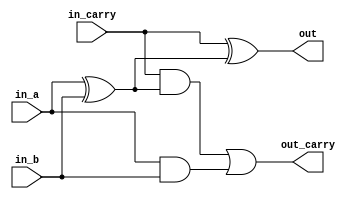
/*
 * Copyright (c) 2023-2024 C*Core Technology Co.,Ltd,Suzhou.
 * Ventus-RTL is licensed under Mulan PSL v2.
 * You can use this software according to the terms and conditions of the Mulan PSL v2.
 * You may obtain a copy of Mulan PSL v2 at:
 *          http://license.coscl.org.cn/MulanPSL2
 * THIS SOFTWARE IS PROVIDED ON AN "AS IS" BASIS, WITHOUT WARRANTIES OF ANY KIND,
 * EITHER EXPRESS OR IMPLIED, INCLUDING BUT NOT LIMITED TO NON-INFRINGEMENT,
 * MERCHANTABILITY OR FIT FOR A PARTICULAR PURPOSE.
 * See the Mulan PSL v2 for more details. */
// Description:full adder
`timescale 1ns / 1ns

module full_adder(
	input in_a, 
	input in_b, 
	input in_carry, 
	output out, 
	output out_carry
);

	reg s_prime;
	reg carry_1, carry_2;

	always@(in_a, in_b, in_carry) begin
		s_prime = in_a ^ in_b;
		carry_2 = in_a & in_b;
		carry_1 = in_carry & s_prime;
	end

	assign out_carry = carry_1 | carry_2;
	assign out = in_carry ^ s_prime;

/*	`ifdef FORMAL
		assert property ({1'b0, in_a} + {1'b0, in_b} + {1'b0, in_carry} == {out_carry, out});
	`endif
	*/

endmodule